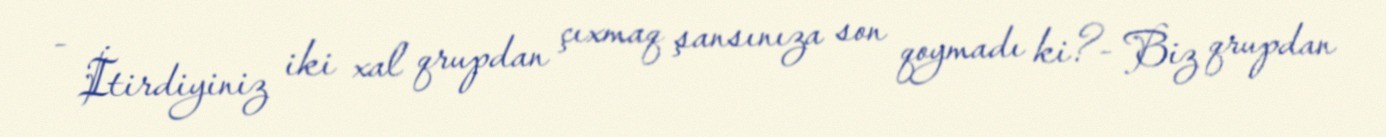
- İtirdiyiniz iki xal qrupdan çıxmaq şansınıza son qoymadı ki?- Biz qrupdan